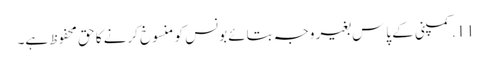
11. کمپنی کے پاس بغیر وجہ بتائے بونس کو منسوخ کرنے کا حق محفوظ ہے۔